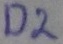
Text: D2